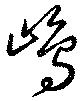
嶋